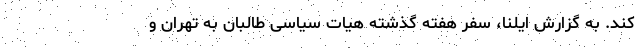
کند. به گزارش ایلنا، سفر هفته گذشته هیات سیاسی طالبان به تهران و